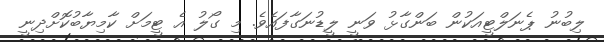
ލިބުނު ޕެނަލްޓީއަކުން ބަންގާޅު ވަނީ ލީޑުނަގާފައެވެ. މި ގޯލު އެ ޓީމަށް ކާމިޔާބުކޮށްދިނީ